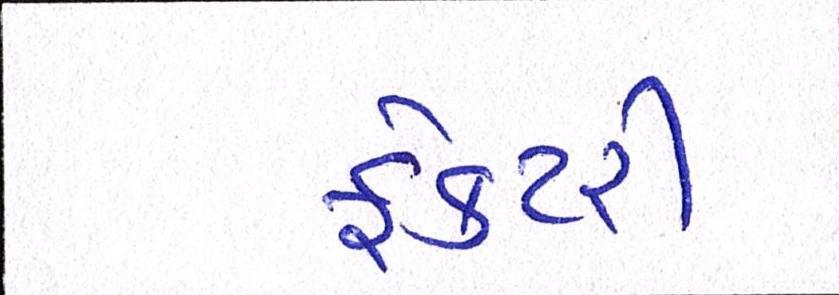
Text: ફેક્ટરી